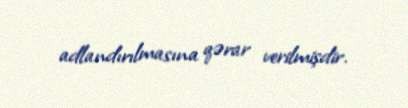
adlandırılmasına qərar verilmişdir.